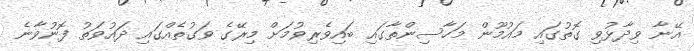
އޭނާ ވިދާޅުވި ގޮތުގައި މައުމޫން މަހާސިންތާގައި ބައިވެރިވުމަށް މިރޭގެ ވަގުތެއްގައި ދައުވަތު ފޮނުވާނެ